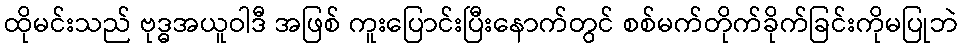
ထိုမင်းသည် ဗုဒ္ဓအယူဝါဒီ အဖြစ် ကူးပြောင်းပြီးနောက်တွင် စစ်မက်တိုက်ခိုက်ခြင်းကိုမပြုဘဲ